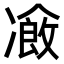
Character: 𠘄